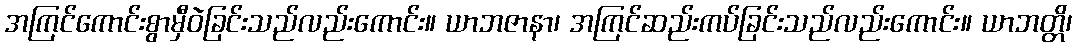
အကြင်ကောင်းစွာမှီဝဲခြင်းသည်လည်းကောင်း။ ယာဘဇာနာ၊ အကြင်ဆည်းကပ်ခြင်းသည်လည်းကောင်း။ ယာဘတ္တိ၊